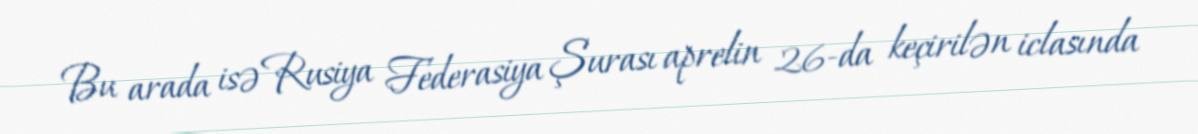
Bu arada isə Rusiya Federasiya Şurası aprelin 26-da keçirilən iclasında